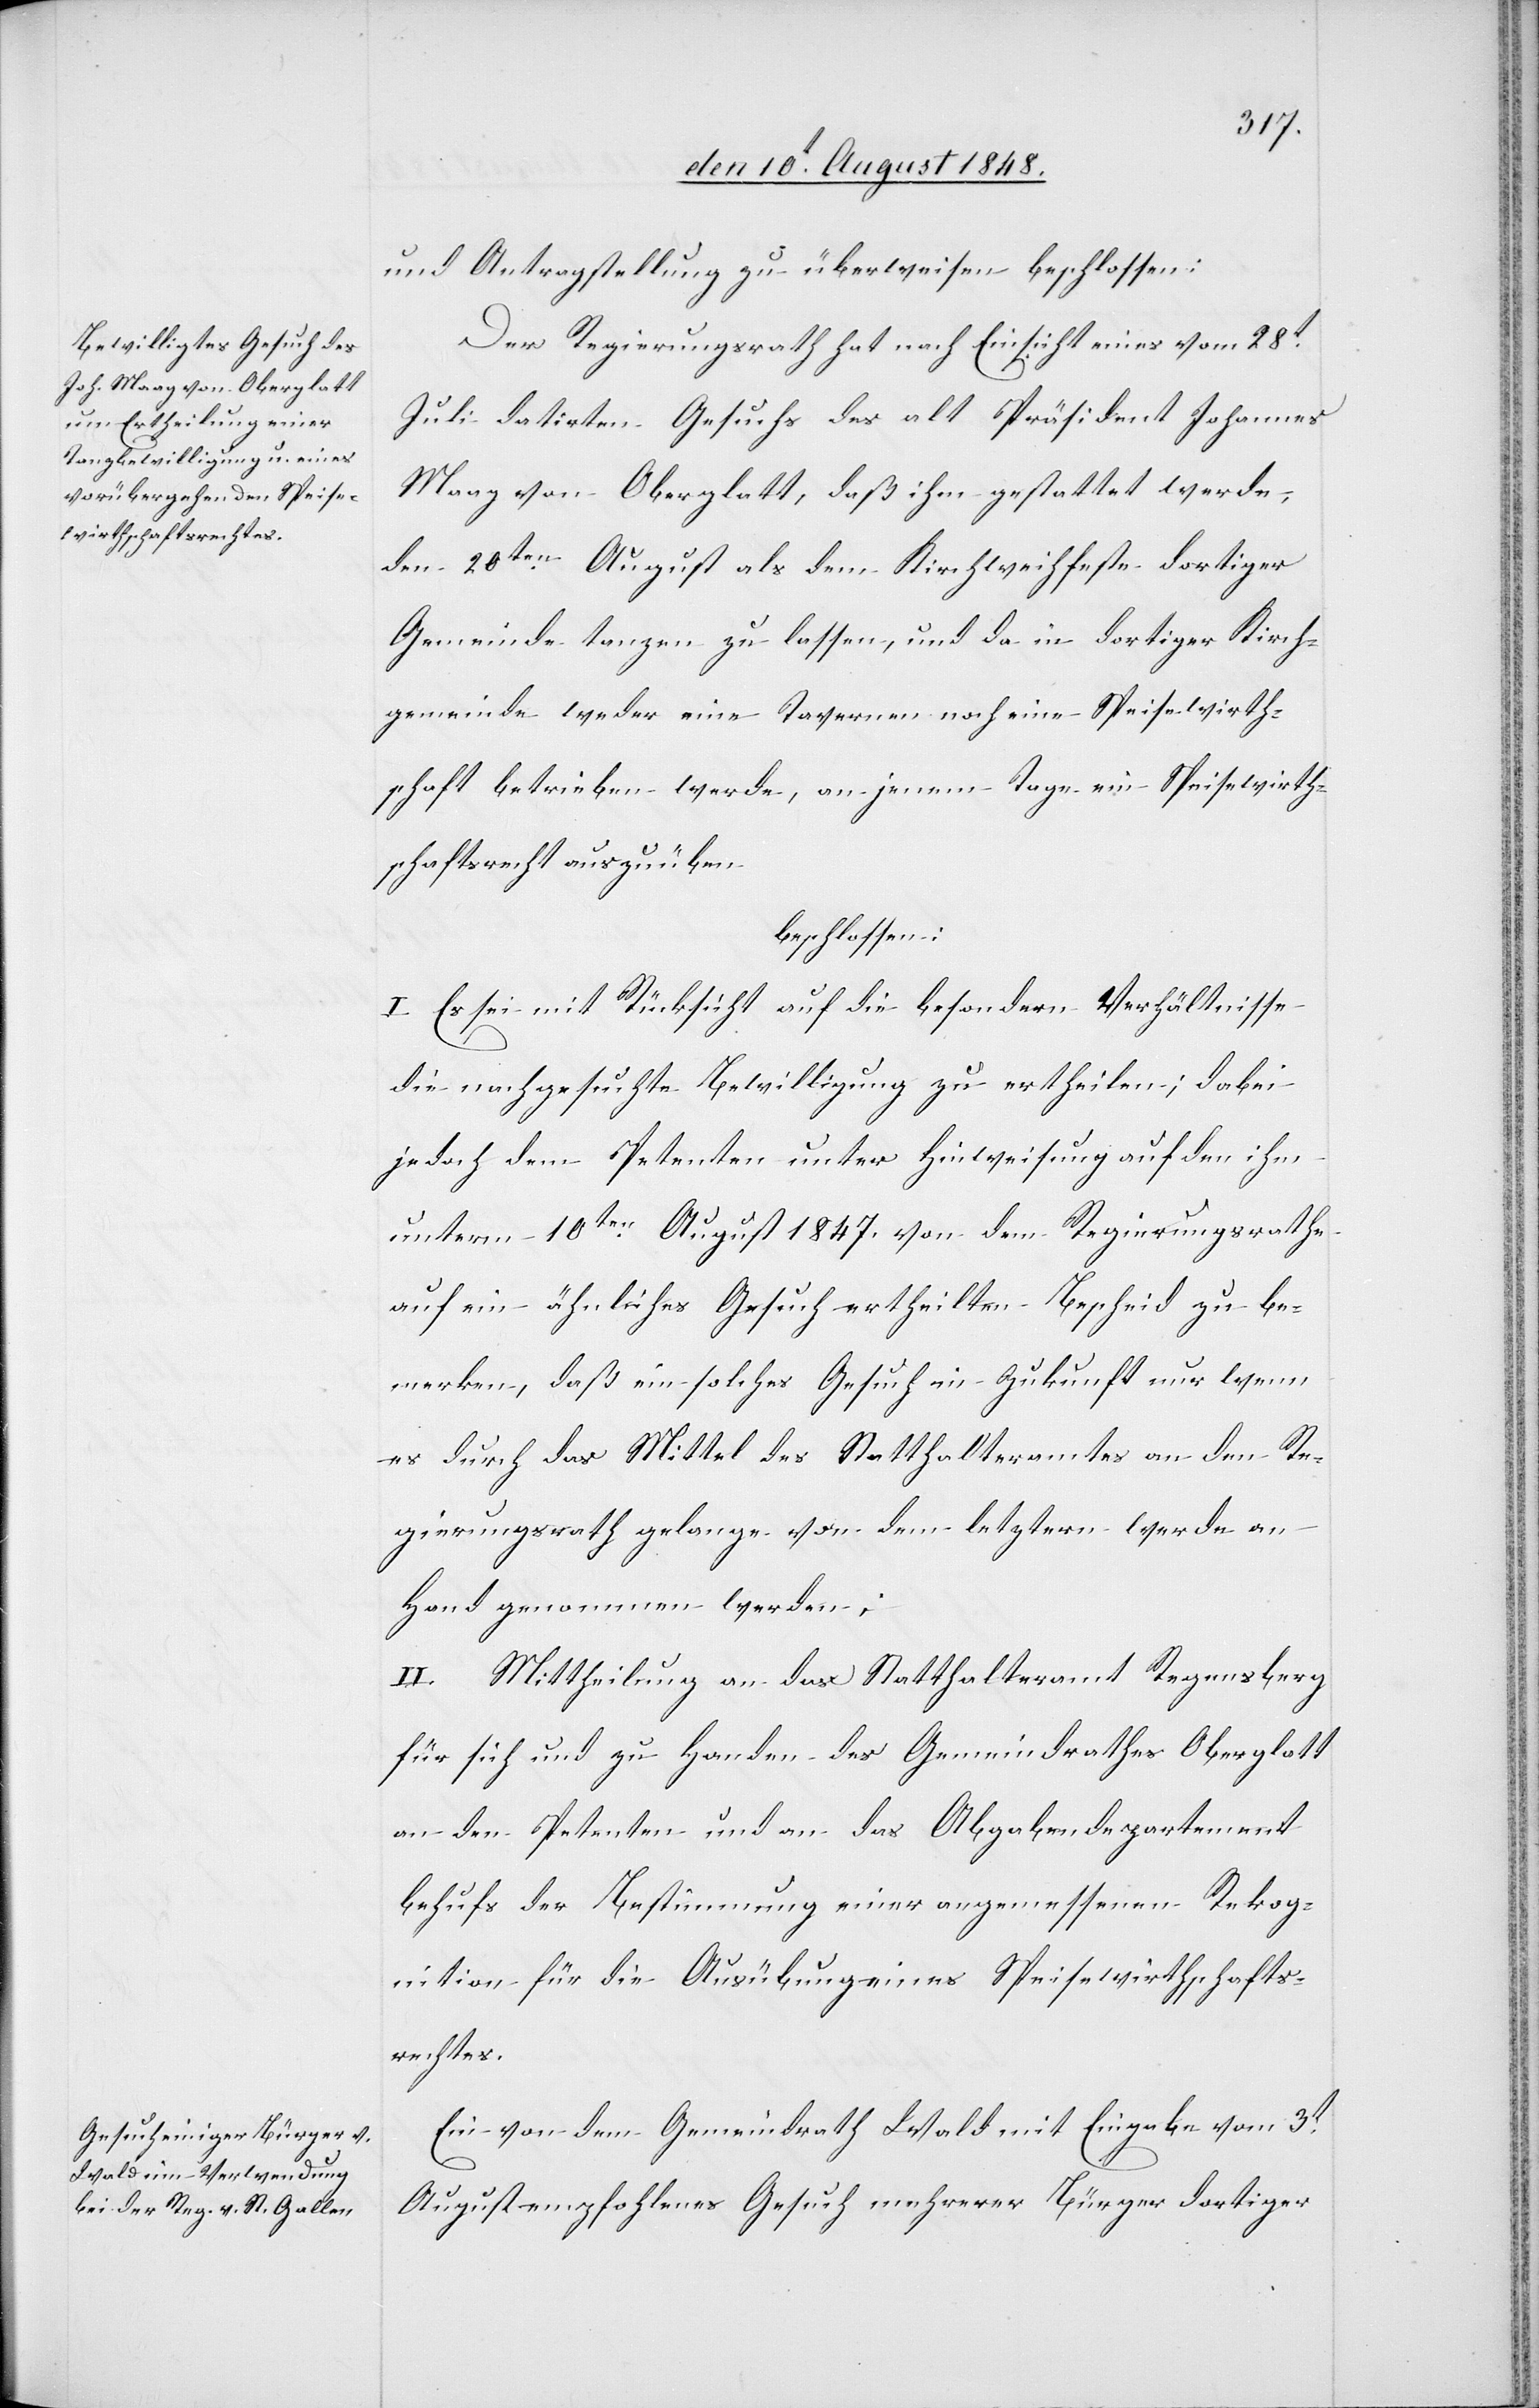
und Antragstellung zu überweisen beschlossen.
Der Regierungsrath hat nach Einsicht eines vom 28t
Juli datirten Gesuchs des alt Präsident Johannes
Maag von Oberglatt, daß ihm gestattet werde,
den 20ten August als dem Kirchweihfeste dortiger
Gemeinde tanzen zu lassen, und da in dortiger Kirch¬
gemeinde weder eine Tavernen noch eine Speisewirth¬
schaft betrieben werde, an jenem Tage ein Speisewirth¬
schaftsrecht auszuüben
beschlossen:
I. Es sei mit Rücksicht auf die besondern Verhältnisse
die nachgesuchte Bewilligung zu ertheilen; dabei
jedoch dem Petenten unter Hinweisung auf den ihm
unterm 10ten August 1847. von dem Regierungsrathe
auf ein ähnliches Gesuch ertheilten Bescheid zu be¬
merken, daß ein solches Gesuch in Zukunft nur wenn
es durch das Mittel des Statthalteramtes an den Re¬
gierungsrath gelange von dem letztern werde an
Hand genommen werden;
II. Mittheilung an das Statthalteramt Regensberg
für sich und zu Handen des Gemeindrathes Oberglatt
an den Petenten und an das Abgabendepartement
behufs der Bestimmung einer angemessenen Rekog¬
nition für die Ausübung eines Speisewirthschafts¬
rechtes.
Ein von dem Gemeindrath Wald mit Eingabe vom 3t
August empfohlenes Gesuch mehrerer Bürger dortiger